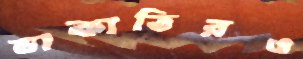
ডাকাতিরও